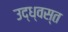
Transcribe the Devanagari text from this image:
उद्‌ध्‍वस्त